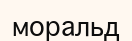
моральд